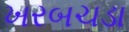
ખરબચડા